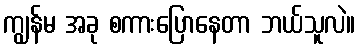
ကျွန်မ အခု စကားပြောနေတာ ဘယ်သူလဲ။